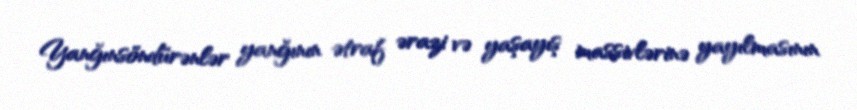
Yanğınsöndürənlər yanğının ətraf ərazi və yaşayış massivlərinə yayılmasının